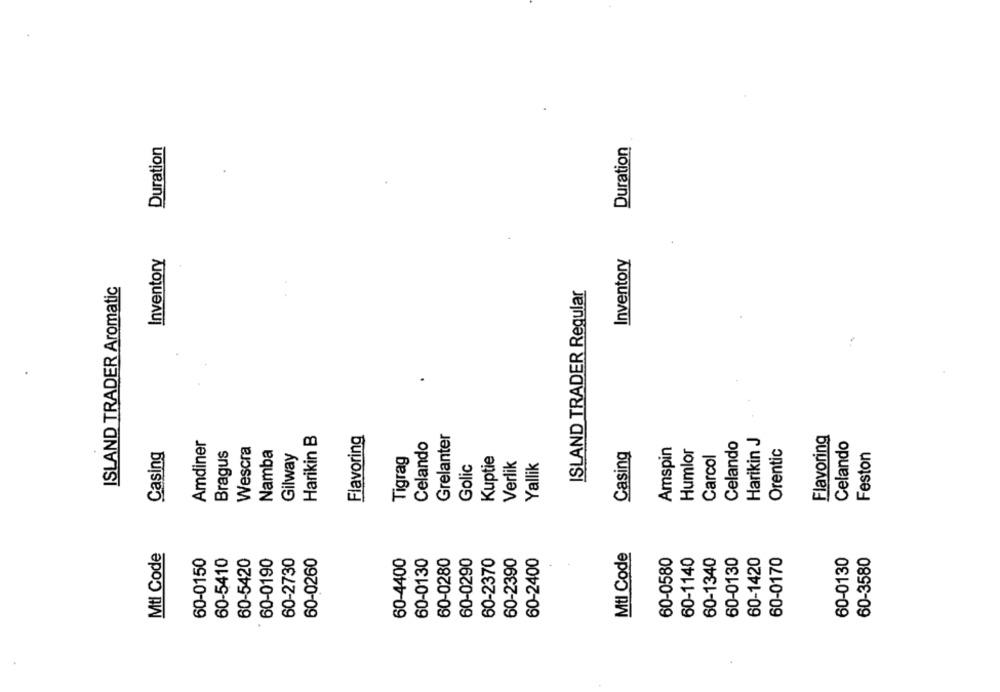
Duration
Duration
Inventory
Inventory
ISLAND TRADER Aromatic
ISLAND TRADER Regular
Harikin B
Flavoring
Grelanter
Flavoring
Amdiner
Celando
Celando
Harikin J
Celando
Wescra
Namba
Casing
Amspin
Humlor
Orentic
Casing
Bragus
Gilway
Tigrag
Kuptie
Carcol
Feston
Golic
Verlik
Yallik
Mtl Code
Mtl Code
60-0150
60-5410
60-5420
60-0190
60-2730
60-0260
60-4400
60-0130
60-0280
60-0290
60-2370
60-2390
60-2400
60-0580
60-1140
60-1340
60-0130
60-1420
60-0170
60-0130
60-3580